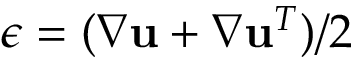
\boldsymbol { \epsilon } = ( \nabla \mathbf { u } + \nabla \mathbf { u } ^ { T } ) / 2